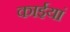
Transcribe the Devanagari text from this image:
काईयां